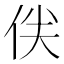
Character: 𠈖